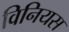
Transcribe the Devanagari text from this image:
विनियस